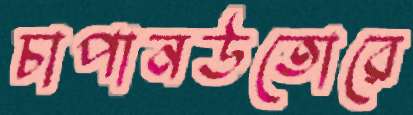
চাপানউতোরে